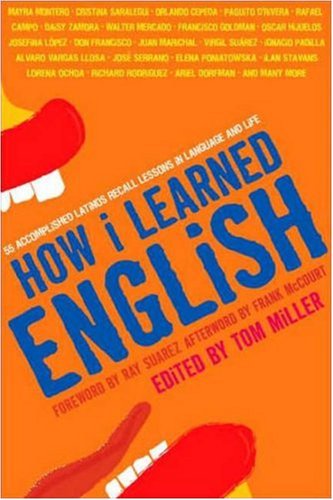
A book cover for How I Learned English: 55 Accomplished Latinos Recall Lessons in Language and Life; Biographies & Memoirs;